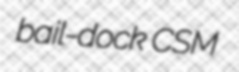
bail-dock CSM